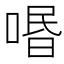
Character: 㗃